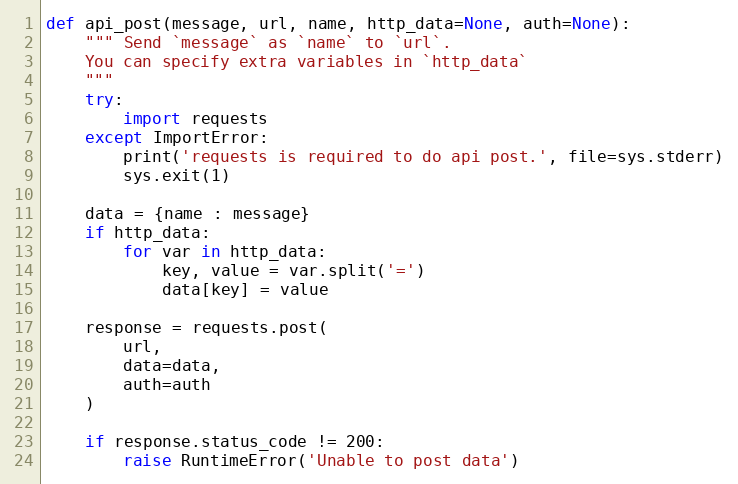
Language: Python
def api_post(message, url, name, http_data=None, auth=None):
    """ Send `message` as `name` to `url`.
    You can specify extra variables in `http_data`
    """
    try:
        import requests
    except ImportError:
        print('requests is required to do api post.', file=sys.stderr)
        sys.exit(1)

    data = {name : message}
    if http_data:
        for var in http_data:
            key, value = var.split('=')
            data[key] = value

    response = requests.post(
        url,
        data=data,
        auth=auth
    )

    if response.status_code != 200:
        raise RuntimeError('Unable to post data')